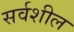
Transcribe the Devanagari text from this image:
सर्वशील